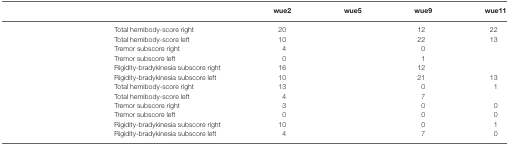
<table><thead><tr><td>[EMPTY_CELL]</td><td>[EMPTY_CELL]</td><td><b>wue2</b></td><td><b>wue5</b></td><td><b>wue9</b></td><td><b>wue11</b></td></tr></thead><tbody><tr><td>[EMPTY_CELL]</td><td>Total hemibody-score right</td><td>20</td><td>[EMPTY_CELL]</td><td>12</td><td>22</td></tr><tr><td>[EMPTY_CELL]</td><td>Total hemibody-score left</td><td>10</td><td>[EMPTY_CELL]</td><td>22</td><td>13</td></tr><tr><td>[EMPTY_CELL]</td><td>Tremor subscore right</td><td>4</td><td>[EMPTY_CELL]</td><td>0</td><td>[EMPTY_CELL]</td></tr><tr><td>[EMPTY_CELL]</td><td>Tremor subscore left</td><td>0</td><td>[EMPTY_CELL]</td><td>1</td><td>[EMPTY_CELL]</td></tr><tr><td>[EMPTY_CELL]</td><td>Rigidity-bradykinesia subscore right</td><td>16</td><td>[EMPTY_CELL]</td><td>12</td><td>[EMPTY_CELL]</td></tr><tr><td>[EMPTY_CELL]</td><td>Rigidity-bradykinesia subscore left</td><td>10</td><td>[EMPTY_CELL]</td><td>21</td><td>13</td></tr><tr><td>[EMPTY_CELL]</td><td>Total hemibody-score right</td><td>13</td><td>[EMPTY_CELL]</td><td>0</td><td>1</td></tr><tr><td>[EMPTY_CELL]</td><td>Total hemibody-score left</td><td>4</td><td>[EMPTY_CELL]</td><td>7</td><td>[EMPTY_CELL]</td></tr><tr><td>[EMPTY_CELL]</td><td>Tremor subscore right</td><td>3</td><td>[EMPTY_CELL]</td><td>0</td><td>0</td></tr><tr><td>[EMPTY_CELL]</td><td>Tremor subscore left</td><td>0</td><td>[EMPTY_CELL]</td><td>0</td><td>0</td></tr><tr><td>[EMPTY_CELL]</td><td>Rigidity-bradykinesia subscore right</td><td>10</td><td>[EMPTY_CELL]</td><td>0</td><td>1</td></tr><tr><td>[EMPTY_CELL]</td><td>Rigidity-bradykinesia subscore left</td><td>4</td><td>[EMPTY_CELL]</td><td>7</td><td>0</td></tr></tbody></table>